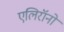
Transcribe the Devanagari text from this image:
एलिरॉनों